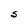
Character: S